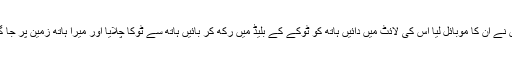
میں نے ان کا موبائل لیا اس کی لائٹ میں دائیں ہاتھ کو ٹوکے کے بلیڈ میں رکھ کر بائیں ہاتھ سے ٹوکا چلایا اور میرا ہاتھ زمین پر جا گرا۔